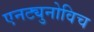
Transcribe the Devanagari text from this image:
एनट्युनोविच